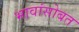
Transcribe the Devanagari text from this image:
भावांसोबत